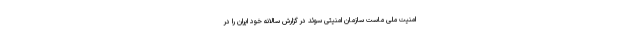
امنیت ملی ماست سازمان امنیتی سوئد در گزارش سالانه خود ایران را در